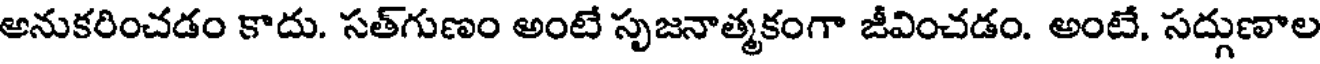
అనుకరించడం కాదు. సత్గుణం అంటే సృజనాత్మకంగా జీవించడం. అంటే, సద్గుణాల